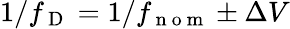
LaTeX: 1/f_{\mathrm{~D~}}=1/f_{\mathrm{~n~o~m~}}\pm\Delta V